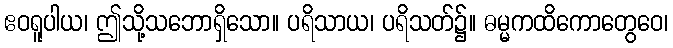
ဧဝရူပါယ၊ ဤသို့သဘောရှိသော။ ပရိသာယ၊ ပရိသတ်၌။ ဓမ္မကထိကောတွေဝေ၊